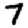
Digit: 7